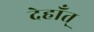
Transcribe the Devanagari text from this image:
देहाँत्